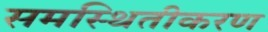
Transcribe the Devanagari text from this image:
समस्थितीकरण